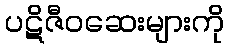
ပဋိဇီဝဆေးများကို